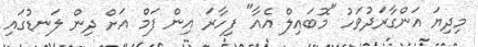
މިދިޔަ އަންގާރަދުވަހު "މޮބައިލް އެއާ" ފިހާރަ އިން ފަމް އަށް ދިން ލަނޑުގައި